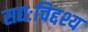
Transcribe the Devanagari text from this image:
सद्यःचिद्दश्य